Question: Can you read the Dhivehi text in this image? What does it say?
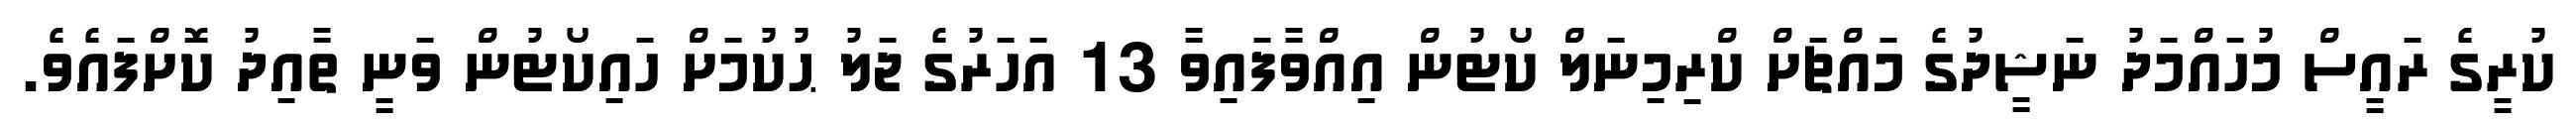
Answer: ކުރީގެ ރައީސް މުހައްމަދު ނަޝީދުގެ މައްޗަށް ކްރިމިނަލް ކޯޓުން އިއްވާފައިވާ 13 އަހަރުގެ ޖަލު ޙުކުމަށް ހައިކޯޓުން ވަނީ ތާއިދު ކޮށްފައެވެ.